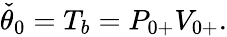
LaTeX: \begin{array}{r}{\check{\theta}_{0}=T_{b}={P}_{0+}{V}_{0+}.}\end{array}